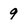
Character: 9